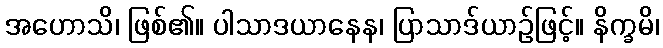
အဟောသိ၊ ဖြစ်၏။ ပါသာဒယာနေန၊ ပြာသာဒ်ယာဉ်ဖြင့်။ နိက္ခမိ၊